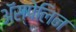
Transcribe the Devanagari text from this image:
ॲस्पेलिन